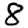
Digit: 8